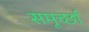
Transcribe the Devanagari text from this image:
समूर्च्छा